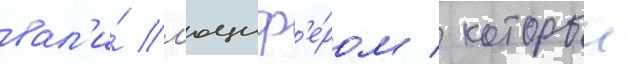
вал'и́ л'юциф'е́ром / которыи